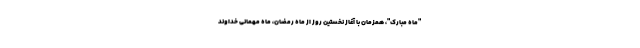
"ماه مبارک"، همزمان با آغاز نخستین روز از ماه رمضان، ماه مهمانی خداوند